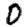
Digit: 0